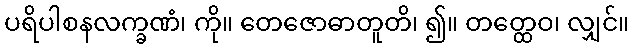
ပရိပါစနလက္ခဏံ၊ ကို။ တေဇောဓာတူတိ၊ ၍။ တတ္ထေဝ၊ လျှင်။